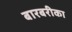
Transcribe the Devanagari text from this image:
बारबरीका